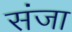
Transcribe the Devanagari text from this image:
संजा